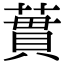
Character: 𫉜